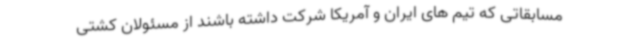
مسابقاتی که تیم های ایران و آمریکا شرکت داشته باشند از مسئولان کشتی